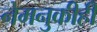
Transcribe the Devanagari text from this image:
नेमनुकीही